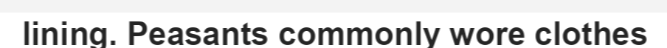
lining. Peasants commonly wore clothes